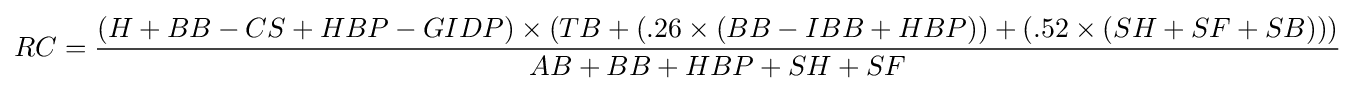
RC={\frac {(H+BB-CS+HBP-GIDP)\times (TB+(.26\times (BB-IBB+HBP))+(.52\times (SH+SF+SB)))}{AB+BB+HBP+SH+SF}}